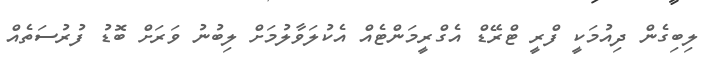
ލިބިގެން ދިއުމަކީ ފްރީ ޓްރޭޑް އެގްރީމަންޓެއް އެކުލަވާލުމަށް ލިބުނު ވަރަށް ބޮޑު ފުރުސަތެއް